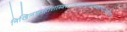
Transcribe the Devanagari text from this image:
निखिलषऽर्हाशास्त्रसारसंग्रहभूतग्रन्थकरणेऽप्यधिकारः